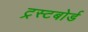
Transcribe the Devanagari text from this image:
ट्रस्टबोर्ड